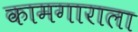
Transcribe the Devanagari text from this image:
कामगाराला